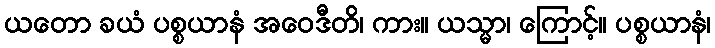
ယတော ခယံ ပစ္စယာနံ အဝေဒီတိ၊ ကား။ ယသ္မာ၊ ကြောင့်။ ပစ္စယာနံ၊